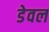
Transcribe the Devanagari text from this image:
डेवल